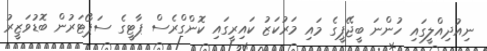
ނިއުދިއްލީގައި ހުންނަ ބީޖޭޕީގެ މައި މަރުކަޒު ކައިރީގައި ކޮންގްރެސް ޕާޓީގެ ސަޕޯޓަރުން ބޮޑުވަޒީރު